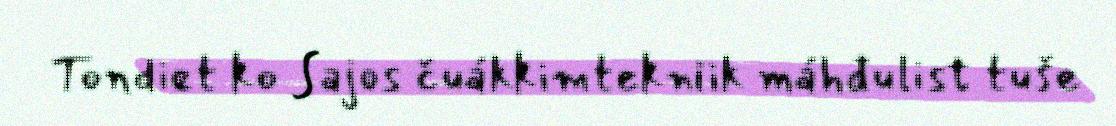
Tondiet ko Sajos čuákkimtekniik máhđulist tuše